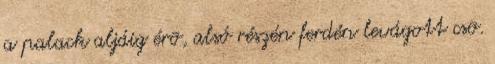
a palack aljáig érõ, alsó részén ferdén levágott csõ.